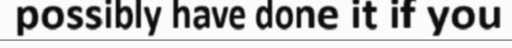
possibly have done it if you